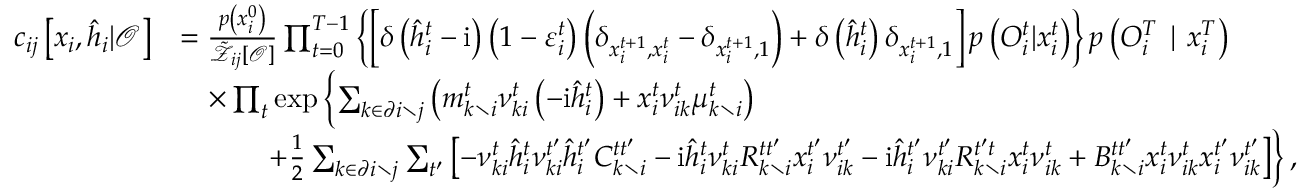
\begin{array} { r l } { c _ { i j } \left[ \boldsymbol { x } _ { i } , \hat { \boldsymbol { h } } _ { i } | \boldsymbol { \mathcal { O } } \right] } & { = \frac { p \left( x _ { i } ^ { 0 } \right) } { \tilde { \mathcal { Z } } _ { i j } [ \boldsymbol { \mathcal { O } } ] } \prod _ { t = 0 } ^ { T - 1 } \left\{ \left[ \delta \left( \hat { h } _ { i } ^ { t } - \mathrm { i } \right) \left( 1 - \varepsilon _ { i } ^ { t } \right) \left( \delta _ { x _ { i } ^ { t + 1 } , x _ { i } ^ { t } } - \delta _ { x _ { i } ^ { t + 1 } , 1 } \right) + \delta \left( \hat { h } _ { i } ^ { t } \right) \delta _ { x _ { i } ^ { t + 1 } , 1 } \right] p \left( { O } _ { i } ^ { t } | x _ { i } ^ { t } \right) \right\} p \left( { O } _ { i } ^ { T } \mid x _ { i } ^ { T } \right) } \\ & { \quad \times \prod _ { t } \exp \left\{ \sum _ { k \in \partial i \setminus j } \left( m _ { k \setminus i } ^ { t } \nu _ { k i } ^ { t } \left( - \mathrm { i } \hat { h } _ { i } ^ { t } \right) + x _ { i } ^ { t } \nu _ { i k } ^ { t } \mu _ { k \setminus i } ^ { t } \right) \right. } \\ & { \quad \qquad \left. + \frac { 1 } { 2 } \sum _ { k \in \partial i \setminus j } \sum _ { t ^ { \prime } } \left[ - \nu _ { k i } ^ { t } \hat { h } _ { i } ^ { t } \nu _ { k i } ^ { t ^ { \prime } } \hat { h } _ { i } ^ { t ^ { \prime } } C _ { k \setminus i } ^ { t t ^ { \prime } } - \mathrm { i } \hat { h } _ { i } ^ { t } \nu _ { k i } ^ { t } R _ { k \setminus i } ^ { t t ^ { \prime } } x _ { i } ^ { t ^ { \prime } } \nu _ { i k } ^ { t ^ { \prime } } - \mathrm { i } \hat { h } _ { i } ^ { t ^ { \prime } } \nu _ { k i } ^ { t ^ { \prime } } R _ { k \setminus i } ^ { t ^ { \prime } t } x _ { i } ^ { t } \nu _ { i k } ^ { t } + B _ { k \setminus i } ^ { t t ^ { \prime } } x _ { i } ^ { t } \nu _ { i k } ^ { t } x _ { i } ^ { t ^ { \prime } } \nu _ { i k } ^ { t ^ { \prime } } \right] \right\} , } \end{array}